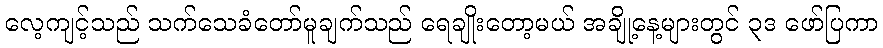
လေ့ကျင့်သည် သက်သေခံတော်မူချက်သည် ရေချိုးတော့မယ် အချို့နေ့များတွင် ၃ဒ ဖော်ပြကာ